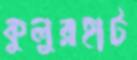
কুলুরহাট